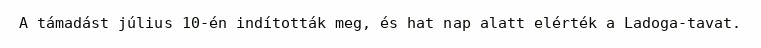
A támadást július 10-én indították meg, és hat nap alatt elérték a Ladoga-tavat.